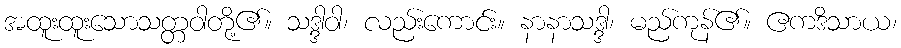
အထူးထူးသောသတ္တဝါတို့၏။ သဒ္ဒါဝါ၊ လည်းကောင်း။ နာနာသဒ္ဒါ၊ မည်ကုန်၏။ ဧကဒိသာယ၊